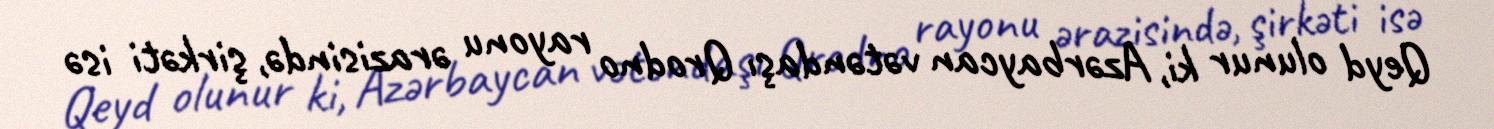
Qeyd olunur ki, Azərbaycan vətəndaşı Qrodno rayonu ərazisində, şirkəti isə